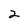
Character: 2